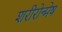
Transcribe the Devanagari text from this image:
शरीरोन्मेष